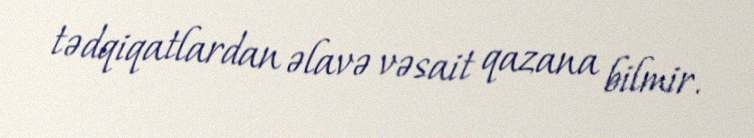
tədqiqatlardan əlavə vəsait qazana bilmir.